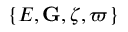
\{ E , { \bf G } , \boldsymbol { \zeta } , \varpi \}